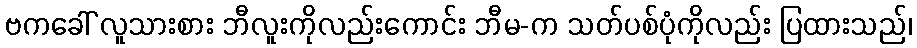
ဗကခေါ် လူသားစား ဘီလူးကိုလည်းကောင်း ဘီမ-က သတ်ပစ်ပုံကိုလည်း ပြထားသည်၊